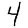
Digit: 4